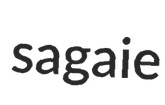
sagaie